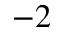
- 2